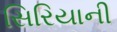
સિરિયાની